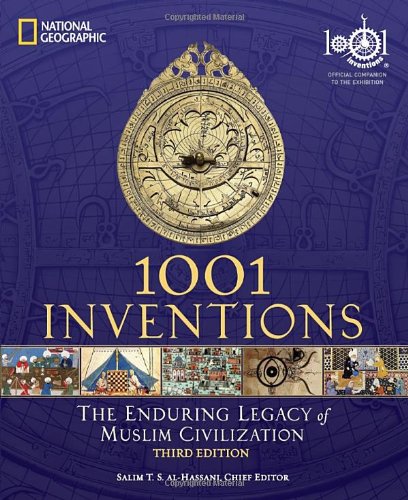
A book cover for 1001 Inventions: The Enduring Legacy of Muslim Civilization; History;